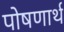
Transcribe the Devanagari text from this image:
पोषणार्थ